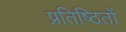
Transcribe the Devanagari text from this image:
प्रतिष्ठितों